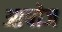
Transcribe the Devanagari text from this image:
आषोज